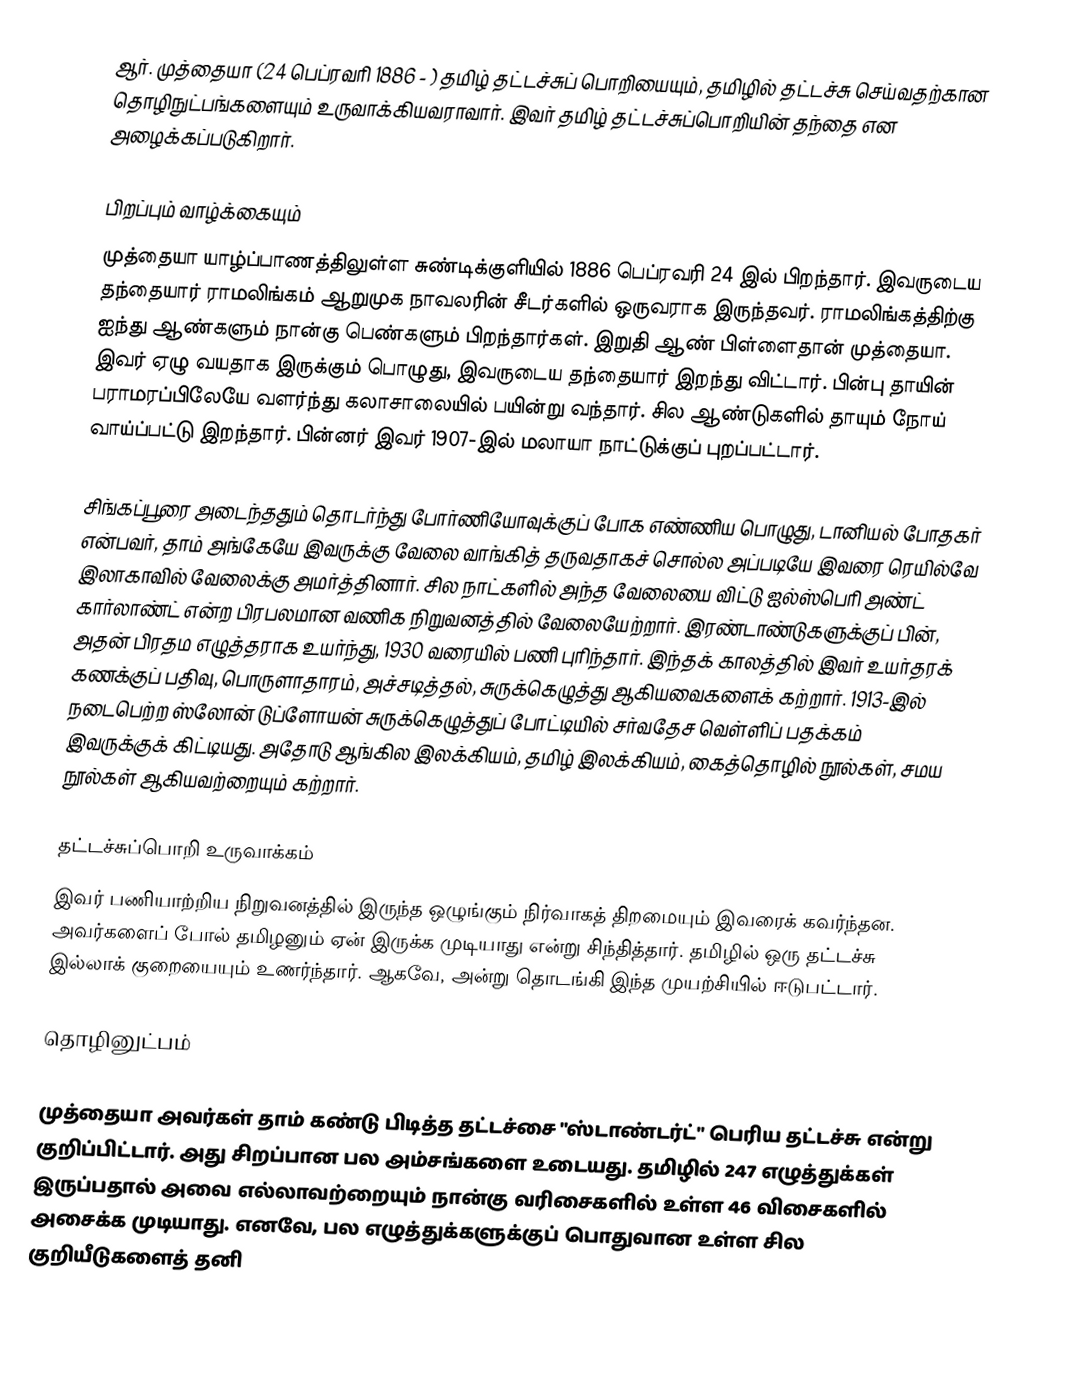
ஆர். முத்தையா (24 பெப்ரவரி 1886 - ) தமிழ் தட்டச்சுப் பொறியையும், தமிழில் தட்டச்சு செய்வதற்கான தொழிநுட்பங்களையும் உருவாக்கியவராவார். இவர் தமிழ் தட்டச்சுப்பொறியின் தந்தை என அழைக்கப்படுகிறார்.

பிறப்பும் வாழ்க்கையும்
முத்தையா யாழ்ப்பாணத்திலுள்ள சுண்டிக்குளியில் 1886 பெப்ரவரி 24 இல் பிறந்தார். இவருடைய தந்தையார் ராமலிங்கம்  ஆறுமுக நாவலரின் சீடர்களில் ஒருவராக இருந்தவர். ராமலிங்கத்திற்கு ஐந்து ஆண்களும் நான்கு பெண்களும் பிறந்தார்கள். இறுதி ஆண் பிள்ளைதான் முத்தையா. இவர் ஏழு வயதாக இருக்கும் பொழுது, இவருடைய தந்தையார் இறந்து விட்டார். பின்பு தாயின் பராமரப்பிலேயே வளர்ந்து கலாசாலையில் பயின்று வந்தார். சில ஆண்டுகளில் தாயும் நோய் வாய்ப்பட்டு இறந்தார். பின்னர் இவர் 1907-இல் மலாயா நாட்டுக்குப் புறப்பட்டார்.

சிங்கப்பூரை அடைந்ததும் தொடர்ந்து போர்ணியோவுக்குப் போக எண்ணிய பொழுது, டானியல் போதகர் என்பவர், தாம் அங்கேயே இவருக்கு வேலை வாங்கித் தருவதாகச் சொல்ல அப்படியே இவரை ரெயில்வே இலாகாவில் வேலைக்கு அமர்த்தினார். சில நாட்களில் அந்த வேலையை விட்டு ஐல்ஸ்பெரி அண்ட் கார்லாண்ட் என்ற பிரபலமான வணிக நிறுவனத்தில் வேலையேற்றார். இரண்டாண்டுகளுக்குப் பின், அதன் பிரதம எழுத்தராக உயர்ந்து, 1930 வரையில் பணி புரிந்தார். இந்தக் காலத்தில் இவர் உயர்தரக் கணக்குப் பதிவு, பொருளாதாரம், அச்சடித்தல், சுருக்கெழுத்து ஆகியவைகளைக் கற்றார். 1913-இல் நடைபெற்ற ஸ்லோன் டுப்ளோயன் சுருக்கெழுத்துப் போட்டியில் சர்வதேச வெள்ளிப் பதக்கம் இவருக்குக் கிட்டியது. அதோடு ஆங்கில இலக்கியம், தமிழ் இலக்கியம், கைத்தொழில் நூல்கள், சமய நூல்கள் ஆகியவற்றையும் கற்றார்.

தட்டச்சுப்பொறி உருவாக்கம்
இவர் பணியாற்றிய நிறுவனத்தில் இருந்த ஒழுங்கும் நிர்வாகத் திறமையும் இவரைக் கவர்ந்தன. அவர்களைப் போல் தமிழனும் ஏன் இருக்க முடியாது என்று சிந்தித்தார். தமிழில் ஒரு தட்டச்சு இல்லாக் குறையையும் உணர்ந்தார். ஆகவே, அன்று தொடங்கி இந்த முயற்சியில் ஈடுபட்டார்.

தொழினுட்பம்

முத்தையா அவர்கள் தாம் கண்டு பிடித்த தட்டச்சை "ஸ்டாண்டர்ட்" பெரிய தட்டச்சு என்று குறிப்பிட்டார். அது சிறப்பான பல அம்சங்களை உடையது. தமிழில் 247 எழுத்துக்கள் இருப்பதால் அவை எல்லாவற்றையும் நான்கு வரிசைகளில் உள்ள 46 விசைகளில் அசைக்க முடியாது. எனவே, பல எழுத்துக்களுக்குப் பொதுவான உள்ள சில குறியீடுகளைத் தனி